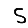
Digit: 5